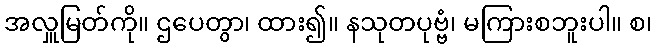
အလှူမြတ်ကို။ ဌပေတွာ၊ ထား၍။ နသုတပုဗ္ဗံ၊ မကြားစဘူးပါ။ စ၊